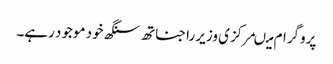
پروگرام میںمرکزی وزیر راجناتھ سنگھ خود موجود رہے۔